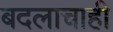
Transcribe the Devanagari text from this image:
बदलाचाही